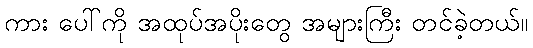
ကား ပေါ်ကို အထုပ်အပိုးတွေ အများကြီး တင်ခဲ့တယ်။